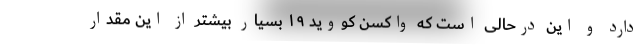
دارد و این درحالی است که واکسن کووید ۱۹ بسیار بیشتر از این مقدار